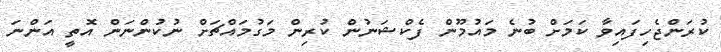
ކުރަންޖެހިފައިވާ ކަމަށް ބުނެ މައުމޫން ފެކްޝަނުން ކުރިން މަގުމައްޗަށް ނުކުންނަން އޮތީ އަންނަ